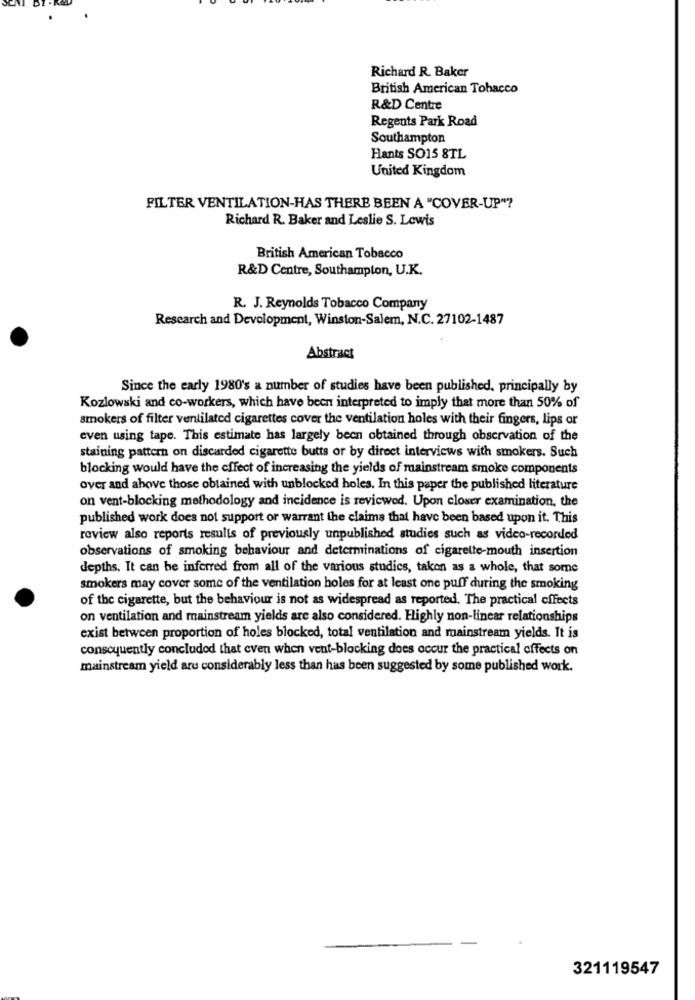
Richard R. Baker
British American Tobacco
R&D Centre
Regents Park Road
Southampton
Hants SO15 8TL
United Kingdom
FILTER VENTILATION-HAS THERE BEEN A "COVER-UP"?
Richard R. Baker and Leslie S. Lewis
British American Tobacco
R&D Centre, Southampton, U.K.
R. J. Reynolds Tobacco Company
Research and Development, Winston-Salem, N.C. 27102-1487
Abstract
Since the early 1980's a number of studies have been published, principally by
Kozlowski and co-workers, which have been interpreted to imply that more than 50% of
smokers of filter ventilated cigarettes cover the ventilation holes with their fingers, lips or
even using tape. This estimate has largely been obtained through observation of the
staining pattern on discarded cigarette butts or by direct interviews with smokers. Such
blocking would have the effect of increasing the yields of mainstream smoke components
over and above those obtained with unblocked holes. In this paper the published literature
on vent-blocking methodology and incidence is reviewed. Upon closer examination, the
published work does not support or warrant the claims that have been based upon it. This
review also reports results of previously unpublished studies such as video-recorded
observations of smoking behaviour and determinations of cigarette-mouth insertion
depths. It can be inferred from all of the various studies, taken as a whole, that some
smokers may cover some of the ventilation holes for at least one puff during the smoking
of the cigarette, but the behaviour is not as widespread as reported. The practical cifects
on ventilation and mainstream yields are also considered. Highly non-linear relationships
exist between proportion of holes blocked, total ventilation and mainstream yields. It is
consequently concluded that even when vent-blocking does occur the practical effects on
mainstream yield are considerably less than has been suggested by some published work.
321119547